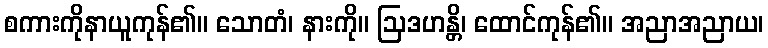
စကားကိုနာယူကုန်၏။ သောတံ၊ နားကို။ ဩဒဟန္တိ၊ ထောင်ကုန်၏။ အညာအညာယ၊